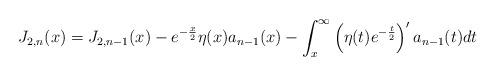
LaTeX: \begin{align*}J_{2,n}(x)=J_{2,n-1}(x)-e^{-\frac{x}{2}}\eta(x)a_{n-1}(x)-\int_{x}^{\infty}\left( \eta(t)e^{-\frac{t}{2}}\right) ^{\prime}a_{n-1}(t)dt\end{align*}